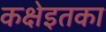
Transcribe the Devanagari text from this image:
कक्षेइतका